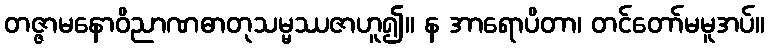
တဇ္ဇာမနောဝိညာဏဓာတုသမ္မဿဇာဟူ၍။ န အာရောပိတာ၊ တင်တော်မမူအပ်။